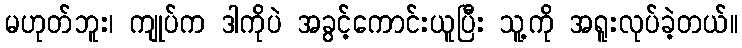
မဟုတ်ဘူး၊ ကျုပ်က ဒါကိုပဲ အခွင့်ကောင်းယူပြီး သူ့ကို အရူးလုပ်ခဲ့တယ်။